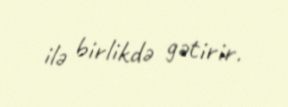
ilə birlikdə gətirir.